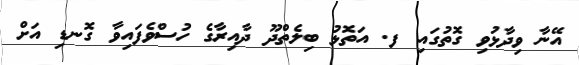
އޭނާ ވިދާޅުވި ގޮތުގައި ފ. އަތޮޅު ބިލެތްދޫ ދާއިރާގެ ހުސްވެފައިވާ ގޮނޑި އަށް